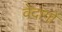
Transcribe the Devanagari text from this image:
वेदागों